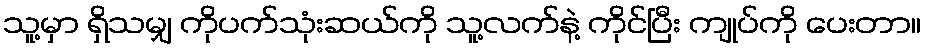
သူ့မှာ ရှိသမျှ ကိုပက်သုံးဆယ်ကို သူ့လက်နဲ့ ကိုင်ပြီး ကျုပ်ကို ပေးတာ။